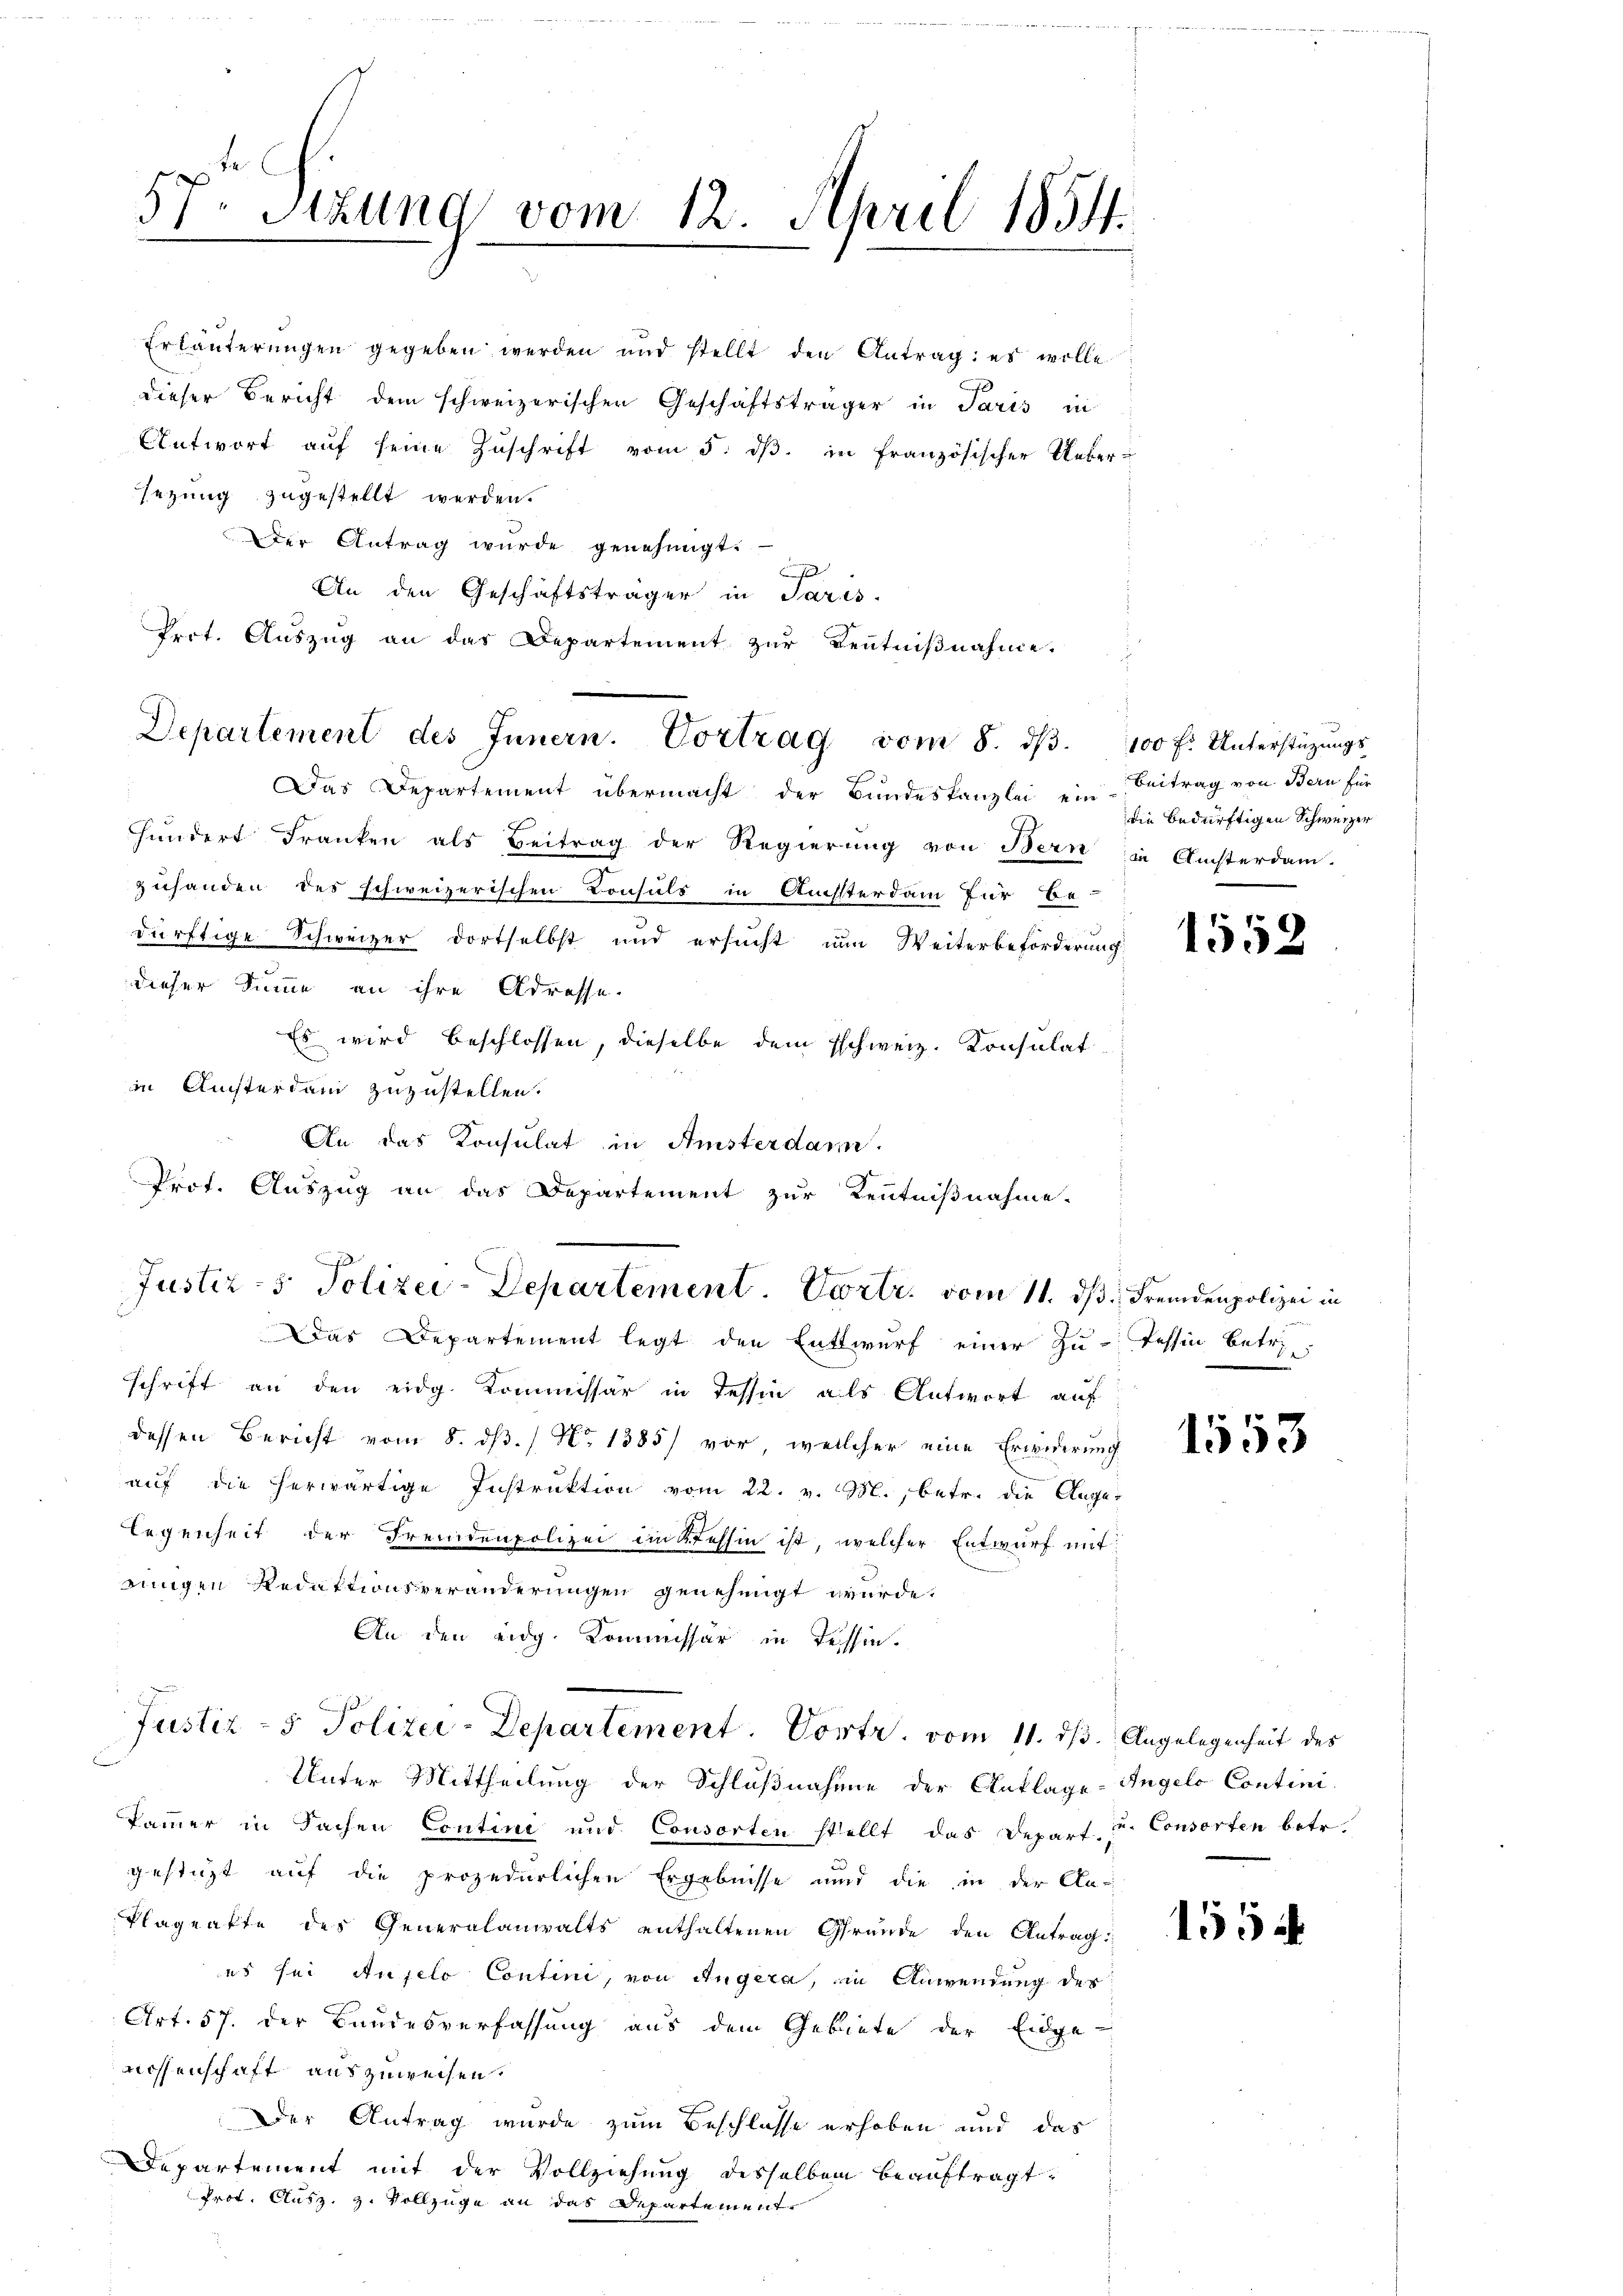
dieser Bericht dem schweizerischen Geschäftsträger in Paris in
Antwort aŭf seine Zŭschrift vom 5. dβ. in französischer Ueber-
sezung zugestellt werden.
Der Antrag wurde genehmigt.
An den Geschäftsträger in Paris.
Das Departement übermacht der Bundeskanzlei ein Beitrag von Bern für
hundert Franken als Beitrag der Regierung von Bern in Ansterdam-
zuhanden des schweizerischen Consuls in Auchsterdam für be-
dürftige Schweizer dortselbst und ersucht um Weiterbeförderung
dieser Summe an ihre Adresse.
Es wird beschlossen, dieselbe dem Eschweiz. Konsulat
in Ansterdan zuzustellen.
Das Departement legt den Entwurf einer Zu-Tessin betri
schrift an den eidg. Kommissär in Tessin als Antwort auf
dessen Bericht vom 8. dß. / No 1385) vor, welcher eine Erwiderung
auf die herwärtige Instruktion vom 22. v. M., betr. die Ange-
legenheit der Fremdenpolizei im Tessin ist, welcher Entwurf mit
einigen Redaktionsveränderungen genehmigt wurde.
An den eidg. Kommissar in Tessin.
Justiz- & Polizei-Departement. Vortr. vom 11. ds. Angelegenheit des
Unter Mittheilung der Schlußnahme der Anklage-Angelo Contini
kammer in Sachen Contini und Consorten stellt das Depart. Consorten betr.
gestüzt auf die prozedurlichen Ergebnisse und die in der An¬
Plageakte des Generalanwalts enthaltenen Gründe den Antrag:
es sei Auselo Contini, von Angera, in Anwendung des
Art. 57. der Bundesverfassung aus dem Gebiete der Eidge-
wissenschaft auszuweisen.
Der Antrag wurde zum Beschlosse erhoben und das
Departement mit der Vollziehung desselben beauftragt,
Prot. Ausz. z. Vollzüge an das Departement.

57. Sitzung vom 12. April 1854.

Erläuterungen gegeben werden und stellt den Antrag: es wolle

Prot. Auszug an das Departement zur Kenntnißnahme.
Departement des Innern. Vortrag vom 8. dβ. 100 f. Unterstüzungs

An das Konsulat in Amsterdam.
Prof. Auszug an das Departement zur Kenntnißnahme-
Justiz - Polizei-Departement. Vertr. vom 11. ds Fremdenpolizei in

die bedürftigen Schweizer

1552

1553

1554